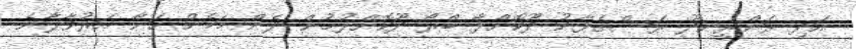
އަދި ރަންރީނދޫ ރަސްގެފާނު ދޫކޮށްލާ ބްރޯ ދޫކޮށްލުމުން ދެން މަމެން ހަނާ އަރުވާލާނެ